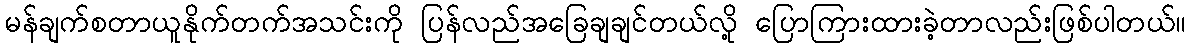
မန်ချက်စတာယူနိုက်တက်အသင်းကို ပြန်လည်အခြေချချင်တယ်လို့ ပြောကြားထားခဲ့တာလည်းဖြစ်ပါတယ်။